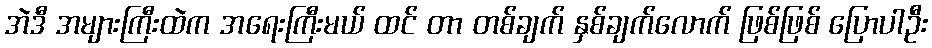
အဲဒီ အများကြီးထဲက အရေးကြီးမယ် ထင် တာ တစ်ချက် နှစ်ချက်လောက် ဖြစ်ဖြစ် ပြောပါဦး